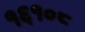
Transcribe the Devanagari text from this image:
१६१०८